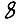
Digit: 8